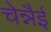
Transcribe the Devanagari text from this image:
चेन्नैई